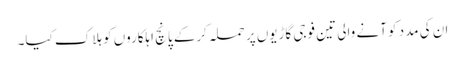
ان کی مدد کو آنے والی تین فوجی گاڑیوں پر حملہ کرکے پانچ اہلکاروں کو ہلاک کیا۔